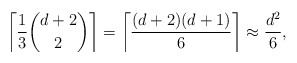
\begin{align*} \left\lceil \frac{1}{3} \binom{d+2}{2} \right\rceil = \left\lceil \frac{(d+2)(d+1)}{6} \right\rceil \approx \frac{d^2}{6},\end{align*}